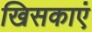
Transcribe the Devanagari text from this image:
खिसकाएं